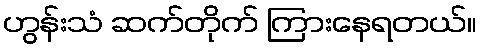
ဟွန်းသံ ဆက်တိုက် ကြားနေရတယ်။